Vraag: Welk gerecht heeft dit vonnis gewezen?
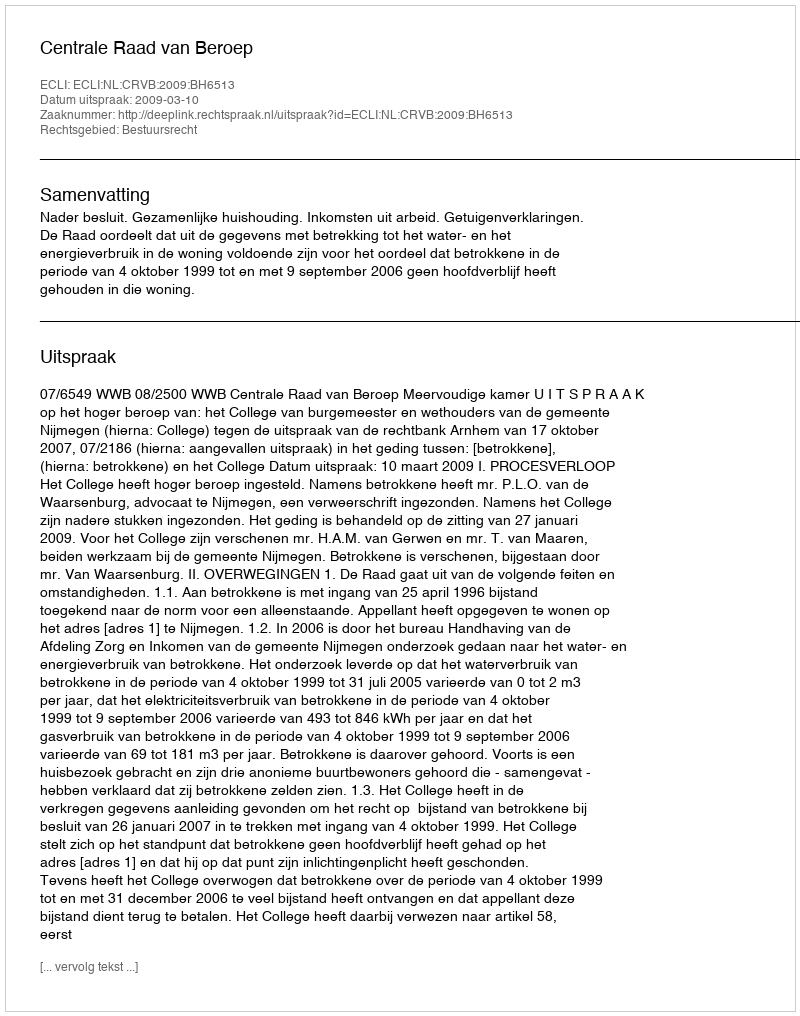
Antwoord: Centrale Raad van Beroep